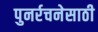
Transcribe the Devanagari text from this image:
पुनर्रचनेसाठी